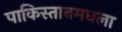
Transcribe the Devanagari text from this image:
पाकिस्तानमधला